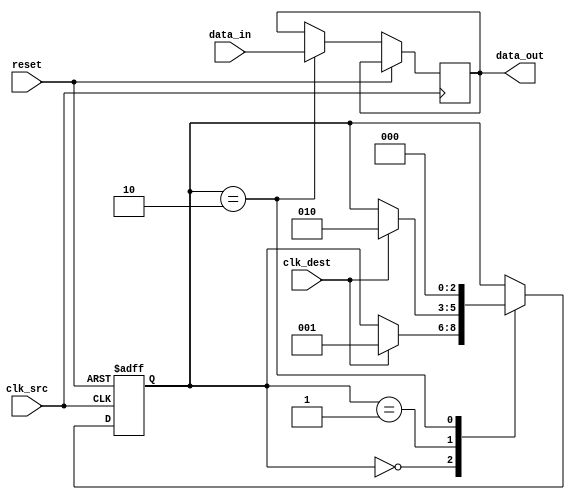
module synchronizer (
  input wire clk_src,
  input wire clk_dest,
  input wire reset,
  input wire data_in,
  output reg data_out
);

reg [2:0] state;

always @ (posedge clk_src or posedge reset) begin
  if (reset) begin
    state <= 0;
  end else begin
    case (state)
      0: if (clk_dest) begin
        state <= 1;
      end
      1: if (clk_dest) begin
        state <= 2;
      end
      2: begin
        data_out <= data_in;
        state <= 0;
      end
    endcase
  end
end

endmodule